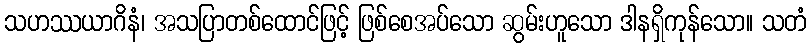
သဟဿယာဂိနံ၊ အသပြာတစ်ထောင်ဖြင့် ဖြစ်စေအပ်သော ဆွမ်းဟူသော ဒါနရှိကုန်သော။ သတံ